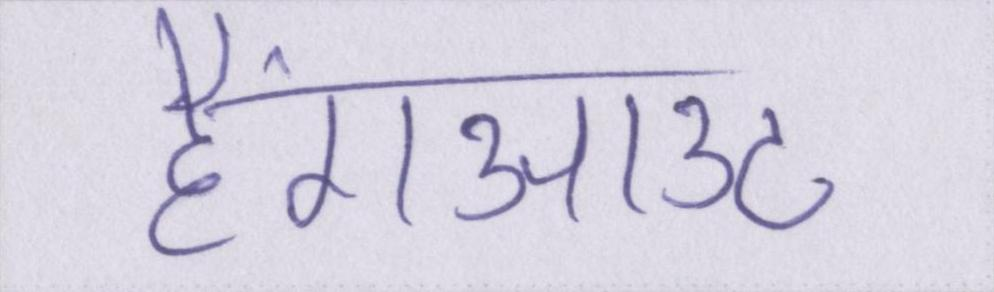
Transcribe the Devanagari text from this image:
हैंगआउट